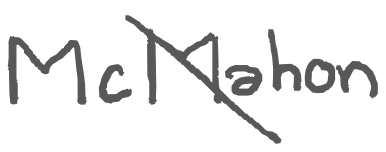
Text: McMahon
Cross-out: diagonal
Writing tool: digital_gray